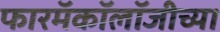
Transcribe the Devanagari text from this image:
फारमॅकॉलॉजीच्या